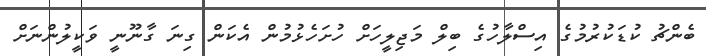
ބެންޗު ކުޑަކުރުމުގެ އިސްލާހުގެ ބިލް މަޖިލީހަށް ހުށަހެޅުމުން އެކަން ގިނަ ގާނޫނީ ވަކީލުންނަށް